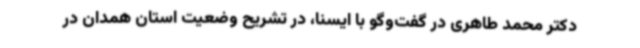
دکتر محمد طاهری در گفت‌وگو با ایسنا، در تشریح وضعیت استان همدان در